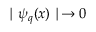
\mid \psi _ { q } ( x ) \mid \rightarrow 0